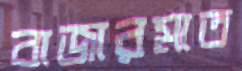
বাজারমাত